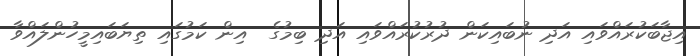
އިޖާބަކުރައްވައި އަދި ނުބައިކަން ދުރުކުރައްވައި އަދި ބިމުގެ  އިން ކަމުގައި ތިޔަބައިމީހުންލައްވާ